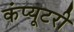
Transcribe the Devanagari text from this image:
कंप्यूटरी